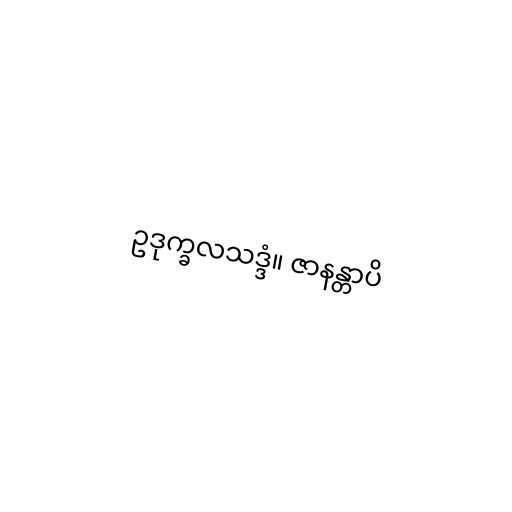
ဥဒုက္ခလသဒ္ဒံ။ ဇာနန္တာပိ